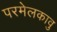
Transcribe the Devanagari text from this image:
परमेलकावु